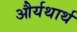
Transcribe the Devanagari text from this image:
और्यथार्थ